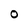
Character: O